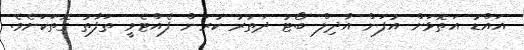
އައްޑު އަތޮޅަށް އުފަން އާދިލް ބޯޓު ދަތުރު ކުރަން ފެއްޓެވީ ތަފާތު ގޮތަކަށެވެ.